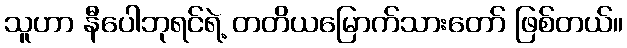
သူဟာ နီပေါဘုရင်ရဲ့ တတိယမြောက်သားတော် ဖြစ်တယ်။